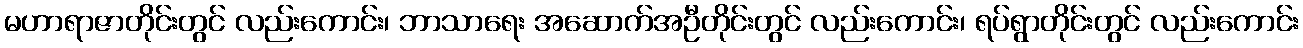
မဟာရာဇာတိုင်းတွင် လည်းကောင်း၊ ဘာသာရေး အဆောက်အဦတိုင်းတွင် လည်းကောင်း၊ ရပ်ရွာတိုင်းတွင် လည်းကောင်း